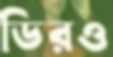
ডিরও